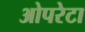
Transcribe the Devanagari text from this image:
ओपरेटा